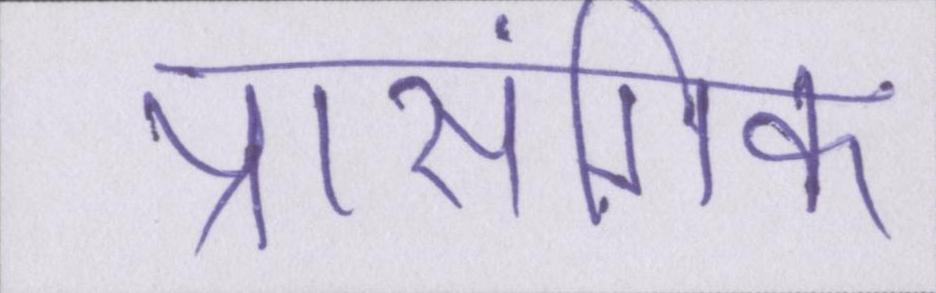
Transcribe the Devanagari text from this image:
प्रासंगिक